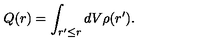
Q ( r ) = \int _ { r ^ { \prime } \leq r } d V \rho ( r ^ { \prime } ) .